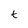
Character: t